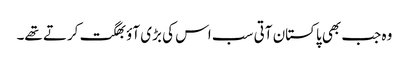
وہ جب بھی پاکستان آتی سب اس کی بڑی آؤ بھگت کرتے تھے۔